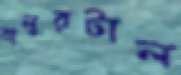
বালুরটাল